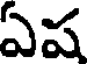
ఏష